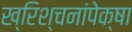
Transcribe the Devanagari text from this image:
ख्रिश्चनांपेक्षा